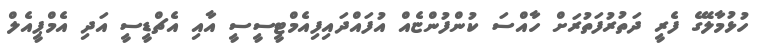
ހުޅުމާލޭގެ ފެރީ ދަތުރުފަތުރަށް ހާއްސަ ކުންފުންޏެއް އުފައްދައިފިއެމްޓީީސީސީ އާއި އެޗްޑީސީ އަދި އެމްޕީއެލް